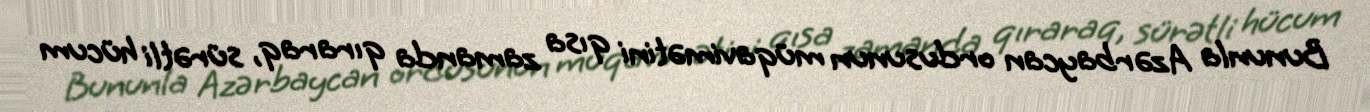
Bununla Azərbaycan ordusunun müqavimətini qısa zamanda qıraraq, sürətli hücum